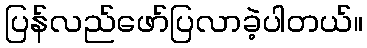
ပြန်လည်ဖော်ပြလာခဲ့ပါတယ်။